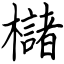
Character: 櫧